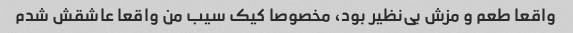
واقعا طعم و مزش بی‌نظیر بود، مخصوصا کیک سیب من واقعا عاشقش شدم